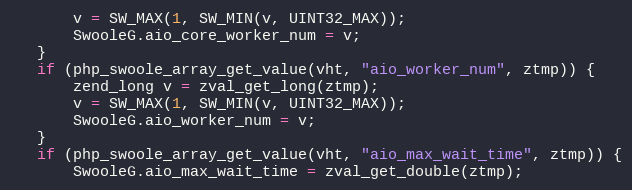
Language: C++
       v = SW_MAX(1, SW_MIN(v, UINT32_MAX));
       SwooleG.aio_core_worker_num = v;
   }
   if (php_swoole_array_get_value(vht, "aio_worker_num", ztmp)) {
       zend_long v = zval_get_long(ztmp);
       v = SW_MAX(1, SW_MIN(v, UINT32_MAX));
       SwooleG.aio_worker_num = v;
   }
   if (php_swoole_array_get_value(vht, "aio_max_wait_time", ztmp)) {
       SwooleG.aio_max_wait_time = zval_get_double(ztmp);